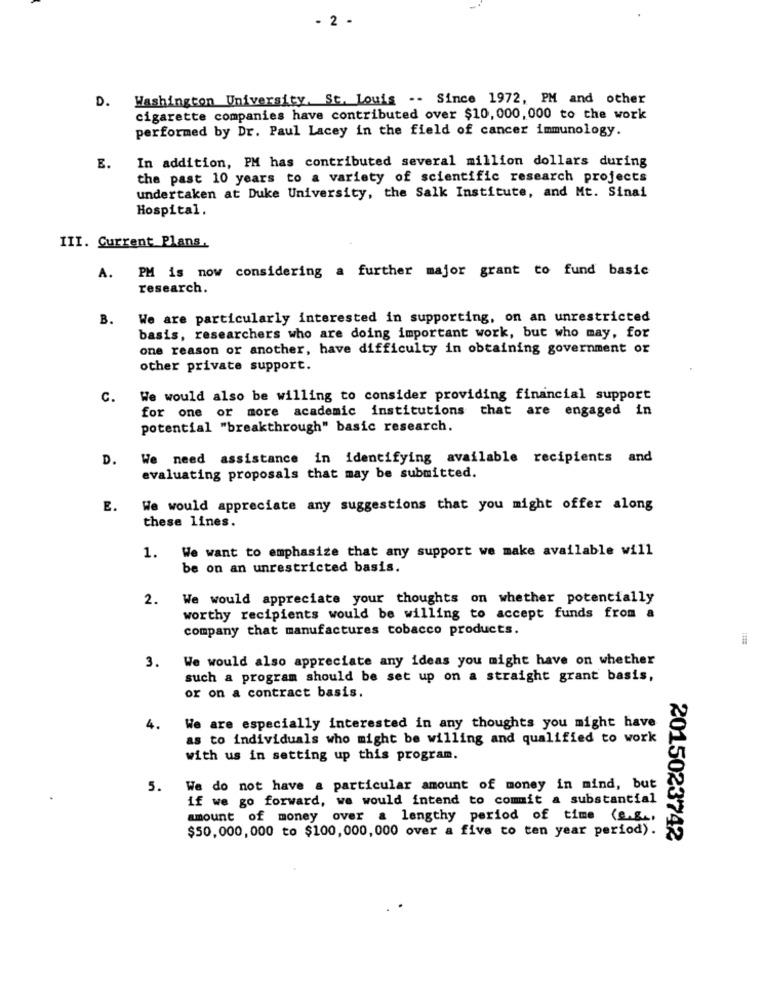
- 2 -
Washington University, St. Louis -- Since 1972, PM and other
D.
cigarette companies have contributed over $10, 000, 000 to the work
performed by Dr. Paul Lacey in the field of cancer immunology.
In addition, PM has contributed several million dollars during
E.
the past 10 years to a variety of scientific research projects
undertaken at Duke University, the Salk Institute, and Mt. Sinai
Hospital.
III. Current Plans.
PM is now considering a further major grant to fund basic
A.
research.
B.
We are particularly interested in supporting, on an unrestricted
basis, researchers who are doing important work, but who may, for
one reason or another, have difficulty in obtaining government or
other private support.
C.
We would also be willing to consider providing financial support
for one or more academic institutions that are engaged in
potential "breakthrough" basic research.
D.
We need assistance in identifying available recipients and
evaluating proposals that may be submitted.
E.
We would appreciate any suggestions that you might offer along
these lines.
1. We want to emphasize that any support we make available will
be on an unrestricted basis.
2.
We would appreciate your thoughts on whether potentially
worthy recipients would be willing to accept funds from a
company that manufactures tobacco products.
3. We would also appreciate any ideas you might have on whether
such a program should be set up on a straight grant basis,
or on a contract basis.
4.
We are especially interested in any thoughts you might have
as to individuals who might be willing and qualified to work
with us in setting up this program.
5.
We do not have a particular amount of money in mind, but
if we go forward, we would intend to commit a substantial
amount of money over a lengthy period of time (e.g .,
$50,000,000 to $100,000,000 over a five to ten year period).
2015023742